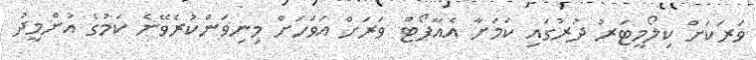
ވަރަކަށް ކިލޯމީޓަރު ދުރުގައި ކަމަށާ އެއާޕޯޓް ވަރަށް އަވަހަށް މިނިވަންކުރެވޭނެ ކަމުގެ އުންމީދު